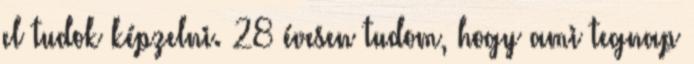
el tudok képzelni. 28 évesen tudom, hogy ami tegnap